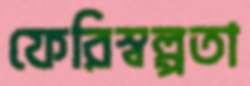
ফেরিস্বল্পতা